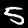
Label: 5